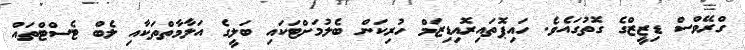
ގްރޭވްސް ޑިޒީޒްގެ ގޮތުގައެވެ. ހައިޕޮތައިރޮއިޑިޒަމް ހުރިކަން ބެލުމަށްޓަކައި ބަލީގެ އަލާމާތްތަކާއި ލެބް ޓެސްޓްތައް